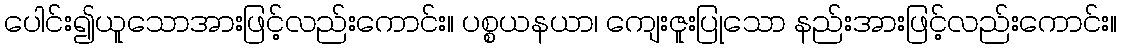
ပေါင်း၍ယူသောအားဖြင့်လည်းကောင်း။ ပစ္စယနယာ၊ ကျေးဇူးပြုသော နည်းအားဖြင့်လည်းကောင်း။